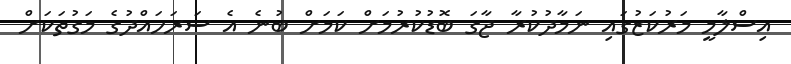
އިސްލާމީ މަރުކަޒުގައި ނަމާދުކުރާ ޖާގަ ބޮޑުކުރުމަށް ކަމަށް ބުނެ އެ ސަރަހައްދުގެ މަގުތަކަށް